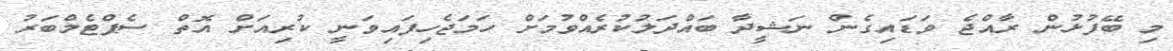
މި ބޭފުޅުން ރާއްޖެ ވަޑައިގެން ނަޝީދާ ބައްދަލުކުރެއްވުމަށް ހަމަޖެހިފައިވަނީ ކުރިއަށް އޮތް ސެޕްޓެމްބަރު